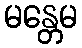
မန္တေမ